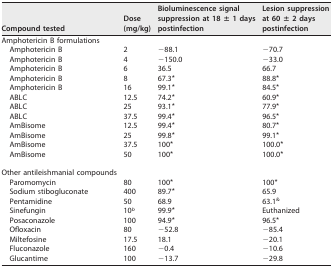
<table><thead><tr><td><b>Compound tested</b></td><td><b>Dose (mg/kg)</b></td><td><b>Bioluminescence signal suppression at 18 ± 1 days postinfection</b></td><td><b>Lesion suppression at 60 ± 2 days postinfection</b></td></tr></thead><tbody><tr><td>Amphotericin B formulations</td><td></td><td></td><td></td></tr><tr><td>Amphotericin B</td><td>2</td><td>−88.1</td><td>−70.7</td></tr><tr><td>Amphotericin B</td><td>4</td><td>−150.0</td><td>−33.0</td></tr><tr><td>Amphotericin B</td><td>6</td><td>36.5</td><td>66.7</td></tr><tr><td>Amphotericin B</td><td>8</td><td>67.3*</td><td>88.8*</td></tr><tr><td>Amphotericin B</td><td>16</td><td>99.1*</td><td>84.5*</td></tr><tr><td>ABLC</td><td>12.5</td><td>74.2*</td><td>60.9*</td></tr><tr><td>ABLC</td><td>25</td><td>93.1*</td><td>77.9*</td></tr><tr><td>ABLC</td><td>37.5</td><td>99.4*</td><td>96.5*</td></tr><tr><td>AmBisome</td><td>12.5</td><td>99.4*</td><td>80.7*</td></tr><tr><td>AmBisome</td><td>25</td><td>99.8*</td><td>99.1*</td></tr><tr><td>AmBisome</td><td>37.5</td><td>100*</td><td>100.0*</td></tr><tr><td>AmBisome</td><td>50</td><td>100*</td><td>100.0*</td></tr><tr><td>Other antileishmanial compounds</td><td></td><td></td><td></td></tr><tr><td>Paromomycin</td><td>80</td><td>100*</td><td>100*</td></tr><tr><td>Sodium stibogluconate</td><td>400</td><td>89.7*</td><td>65.9</td></tr><tr><td>Pentamidine</td><td>50</td><td>68.9</td><td>63.1<sup>&amp;</sup></td></tr><tr><td>Sinefungin</td><td>10<sup><i>b</i></sup></td><td>99.9*</td><td>Euthanized</td></tr><tr><td>Posaconazole</td><td>100</td><td>94.9*</td><td>96.5*</td></tr><tr><td>Ofloxacin</td><td>80</td><td>−52.8</td><td>−85.4</td></tr><tr><td>Miltefosine</td><td>17.5</td><td>18.1</td><td>−20.1</td></tr><tr><td>Fluconazole</td><td>160</td><td>−0.4</td><td>−10.6</td></tr><tr><td>Glucantime</td><td>100</td><td>−13.7</td><td>−29.8</td></tr></tbody></table>